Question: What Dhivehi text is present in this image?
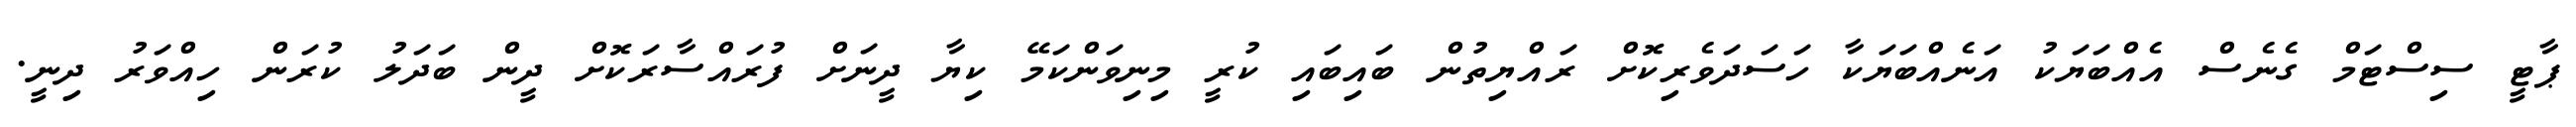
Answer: ޕާޓީ ސިސްޓަމް ގެނެސް އެއްބަޔަކު އަނެއްބަޔަކާ ހަސަދަވެރިކޮށް ރައްޔިތުން ބައިބައި ކުރީ މިނިވަންކަމޭ ކިޔާ ދީނަށް ފުރައްސާރަކޮށް ދީން ބަދަލު ކުރަން ހިއްވަރު ދިނީ.